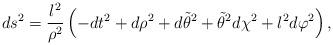
LaTeX: \begin{align*} ds^2 =\frac{l^2}{\rho^2}\left( -dt^2 + d\rho^2 +d\tilde \theta^2 +\tilde\theta^2 d\chi^2 +l^2 d\varphi^2\right),\end{align*}